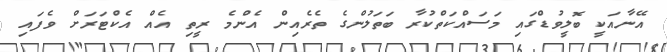
އޭނާއަކީ ބޮލީވުޑްގައި މަސައްކަތްކުރާ ބަތަލުންގެ ތެރެއިން އެންމެ ރީތި އެއް އެކްޓަރަށް ވެފައި